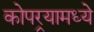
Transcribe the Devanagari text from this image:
कोपर्‍यामध्ये